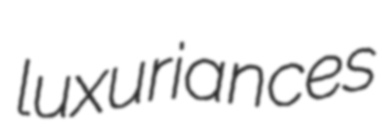
luxuriances